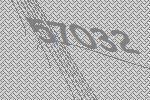
57032